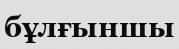
бұлғыншы